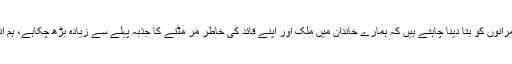
پہلے ہم ڈرتے تھے کہ کوئی نقصان نہ ہو جائے مگراب ہم ان حکمرانوں کو بتا دینا چاہتے ہیں کہ ہمارے خاندان میں ملک اور اپنے قائد کی خاطر مر مٹنے کا جذبہ پہلے سے زیادہ بڑھ چکاہے، ہم انقلاب کے ذریعے ان سے اپنے خون کا قصاص لے کر دم لیں گے۔